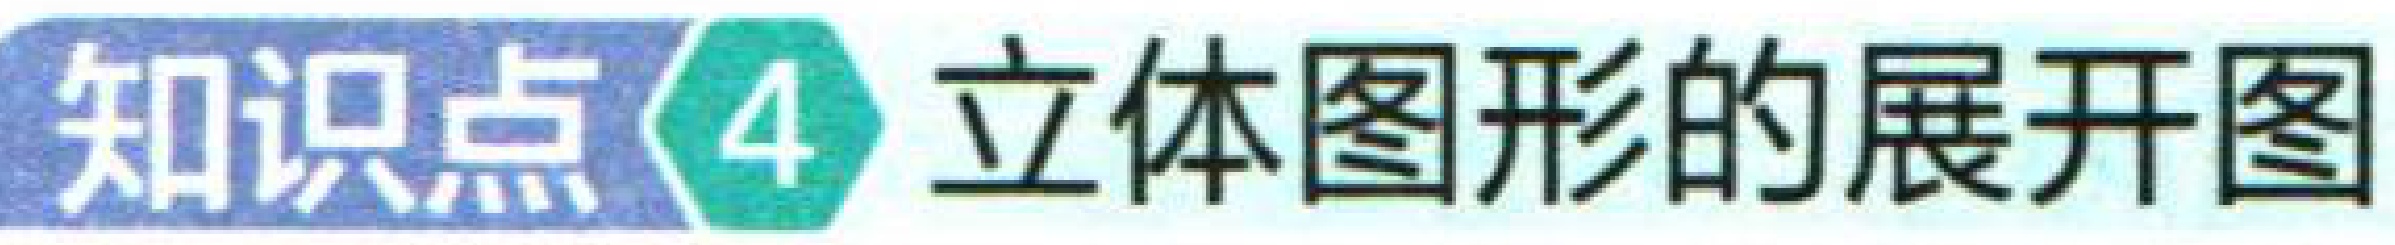
知识点\(4\) 立体图形的展开图